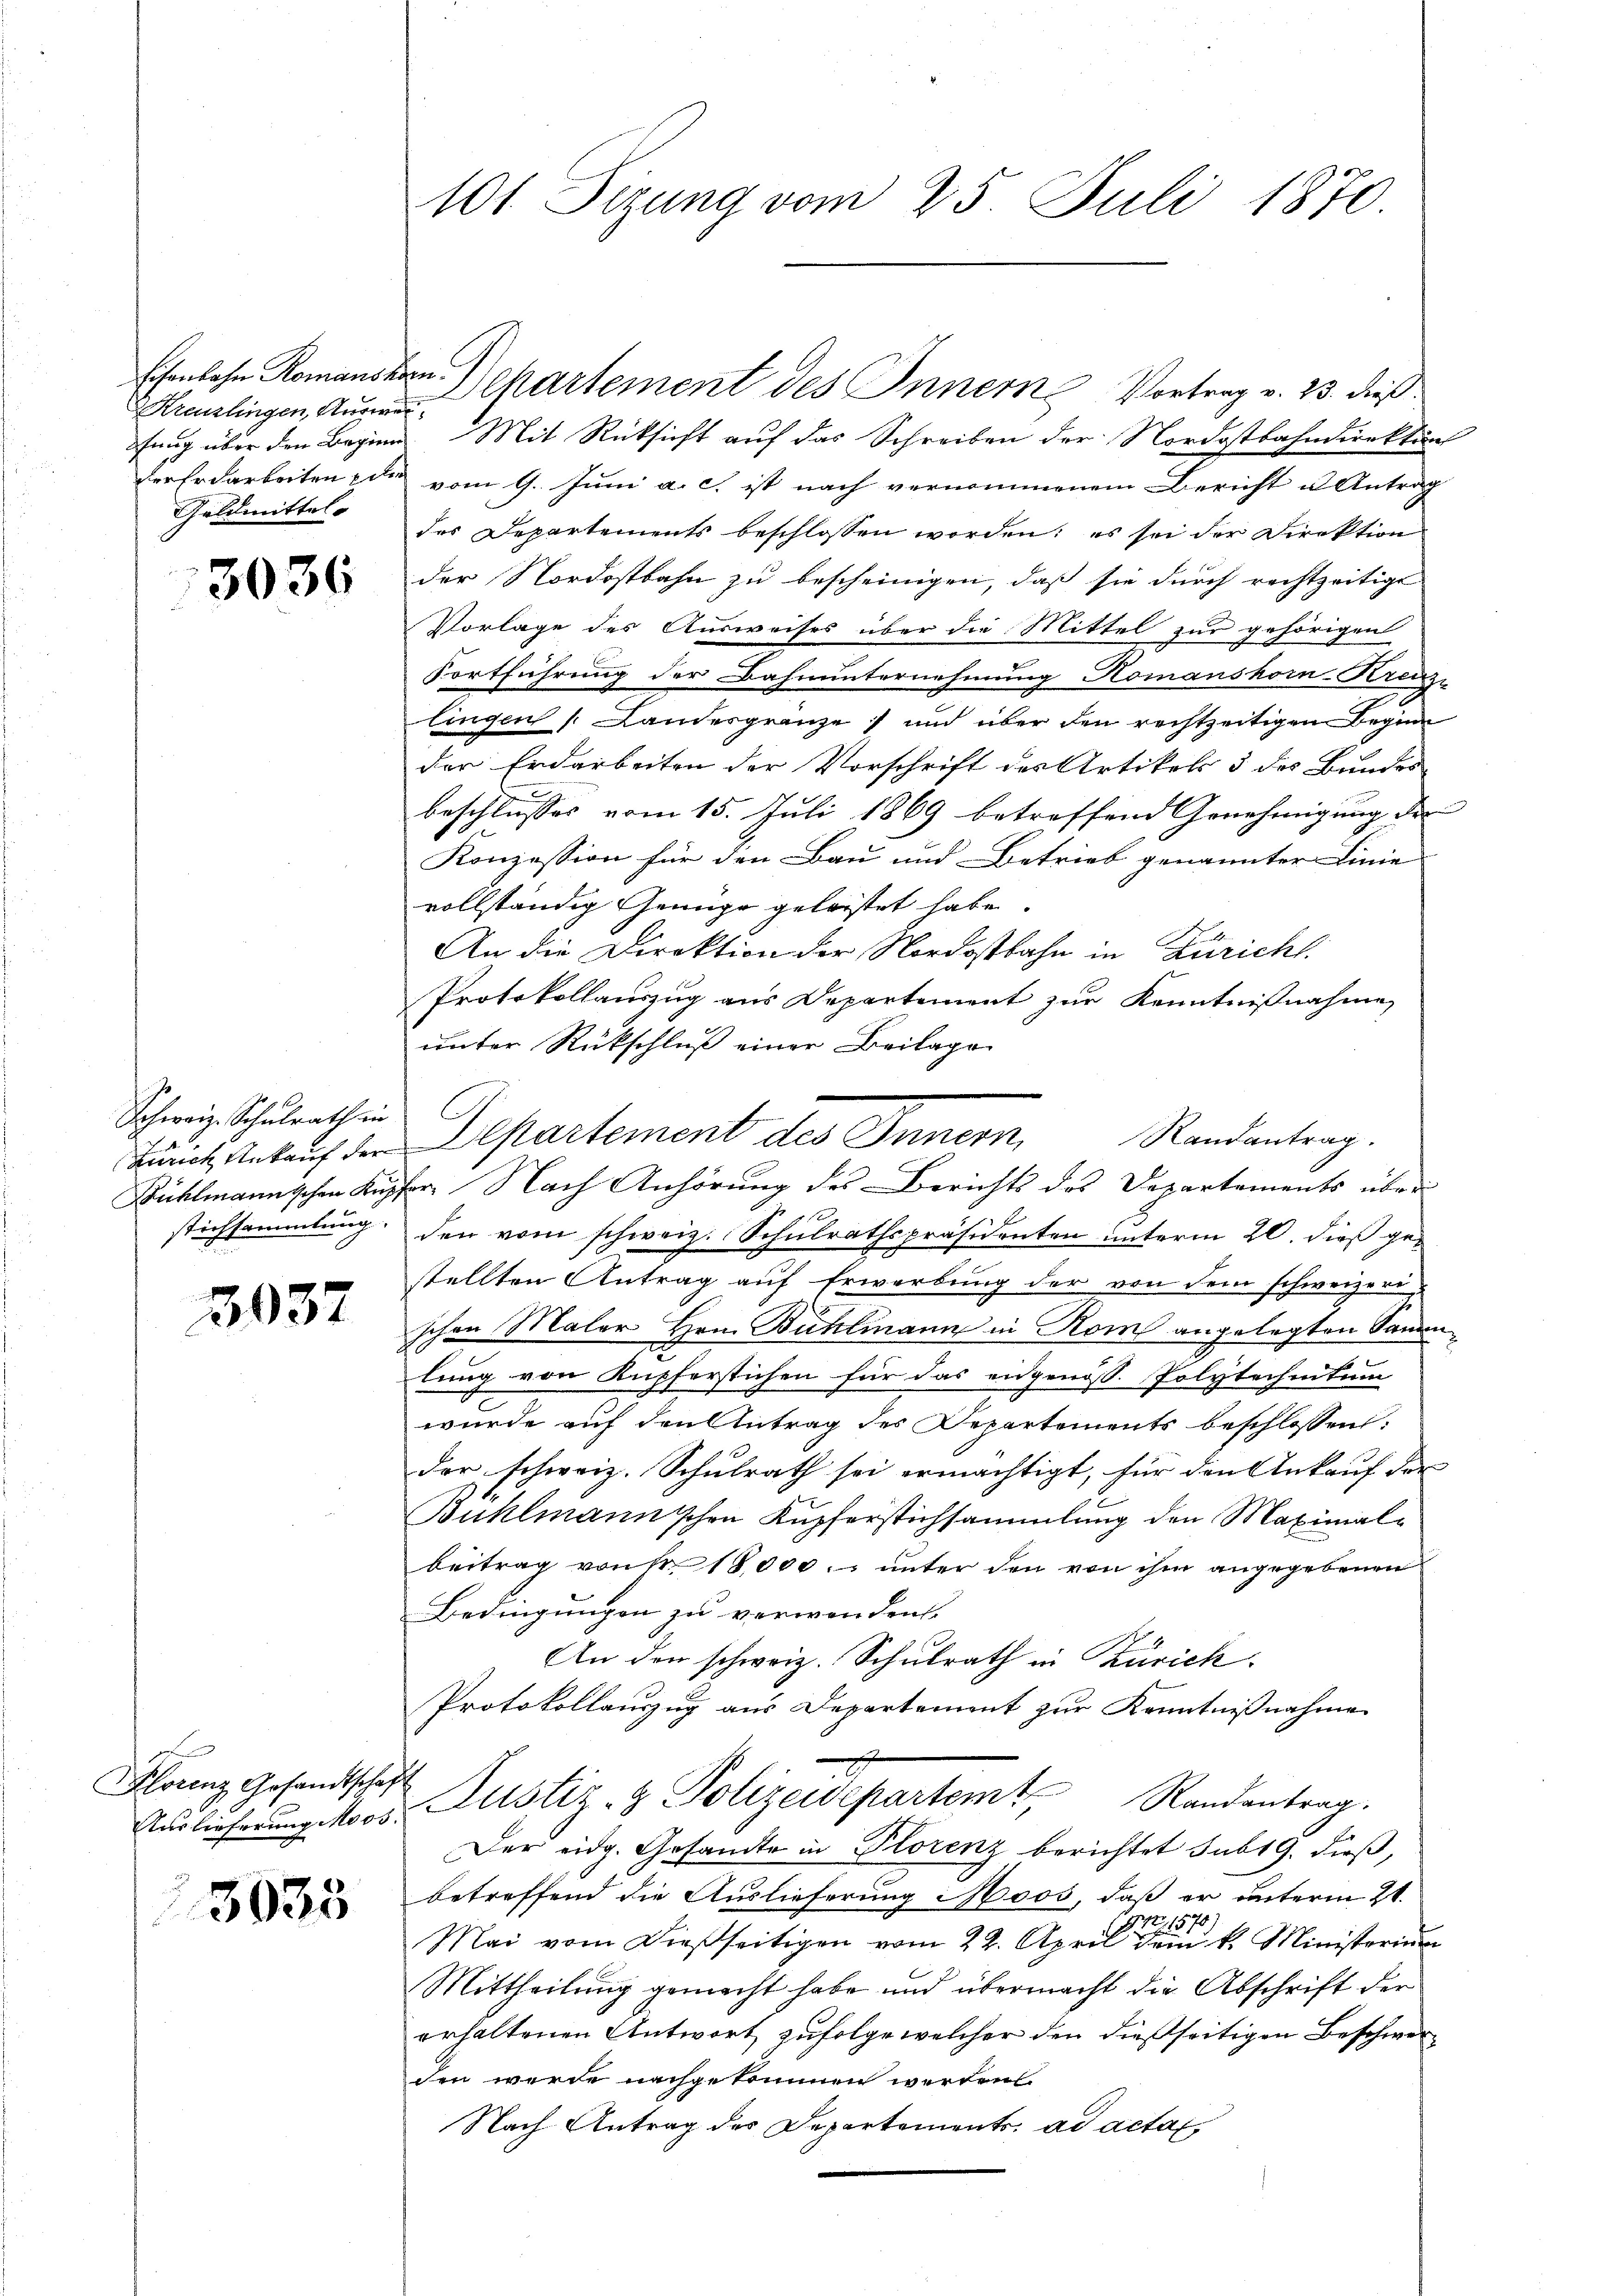
Eisenbahn Romansn
Kreuzlingen, Ausw
der Er darbeiten de
Geldmittel

3036

Schweiz. Schulrath in
.
stichsammlung.

3037

Florenz Gesandtschaft

3035

101 Sizung vom 25. Juli 1870.

a
fung über den Begien. Mit Rücksicht auf das Schreiben der Nordostbahndirektur
vom 9. Juni a. c. ist nach vernommenem Bericht u Antrag
des Departements beschlossen worden: es sei der Direktion
der Nordostbahn zu bescheinigen, daß sie durch rechtzeitigt
Vorlage des Ausweises über die Mittel zur gehörigen
Fortführung der Bahnunternehmung Komanshor-Krenz-
lingen (Landesgränze) und über den rechtzeitigen Begin
der Erdarbeiten der Vorschrift des Artikel 5 des Bundes
beschlusses vom 15. Juli 1869 betreffend Genehmigung der
Konzession für den Bau und Betrieb genannter Linie
vollständig Genüge geleistet habe.
An die Direktion der Nordostbahn in Züricht.
Protokollauszug aus Departement zur Kenntnißnahme
unter Rückschluß einer Beilage
dant Ankauf der Departement des Innern,
Bühlmannschen Kupfer. Nach Anhörung des Berichts des Departements über
1
den vom schweiz. Schulrathspräsidenten unterm 20. dieß gestellten Antrag auf Erwerbung der von dem schweizere
schen Maler Hrn. Bühlmann in Rom angelegten Sammenlung von Kupferstichen für das eidgenöss. Polytechnitum
wurde auf den Antrag des Departements beschlossen:
der schweiz. Schulrath sei ermächtigt, für den Ankauf der
Bühlmannschen Kupferstichsammlung den Maximal-
beitrag von Nr. 18,000. unter den von ihm angegebenen
Bedingungen zu verwanden.
An den schweiz. Schulrath in Zürich
Protokollauszug aus Departement zur Kenntnißnahme
glos. Rustiz- & Polizeidepartemt, Randantrag.
Der eidg. Gesandte in Horenz berichtet sub 19. dieß,
betreffend die Auslieferung Moos, daß er unterm 21.
p, 1570
Mai vom Dießseitigen vom 22. April dem k. Ministerium
Mittheilung gemacht habe und übermacht die Abschrift der
erhaltenen Antwort zufolge welcher den dießseitigen Beschwerden werde nachgekommen werden
Nach Antrag des Departements ad acta,

.

ven Departement des Innere Vortrag v. 23. dieß

Randantrag.